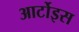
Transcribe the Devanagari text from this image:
आर्टोइस